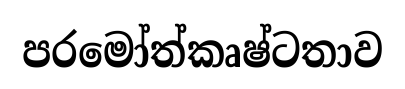
පරමෝත්කෘෂ්ටතාව